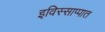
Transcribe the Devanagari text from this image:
इविस्साप्पात